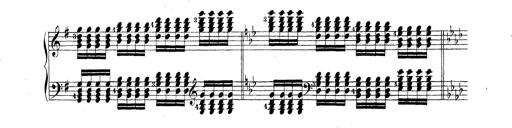
Title: Technische Studien
Composer: Franz Liszt